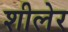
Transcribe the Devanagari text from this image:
शीलेर